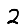
Digit: 2